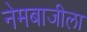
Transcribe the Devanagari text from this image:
नेमबाजीला